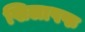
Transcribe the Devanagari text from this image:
खिलापफ